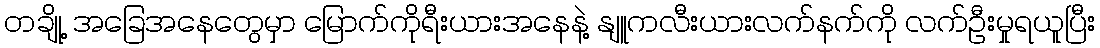
တချို့ အခြေအနေတွေမှာ မြောက်ကိုရီးယားအနေနဲ့ နျူကလီးယားလက်နက်ကို လက်ဦးမှုရယူပြီး